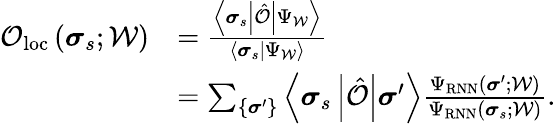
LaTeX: \begin{array}{rl}{\mathcal{O}_{\mathrm{loc}}\left(\boldsymbol{\sigma}_{s};\mathcal{W}\right)}&{=\frac{\left\langle\boldsymbol{\sigma}_{s}\left|\hat{\mathcal{O}}\right|\Psi_{\mathcal{W}}\right\rangle}{\left\langle\boldsymbol{\sigma}_{s}\left|\Psi_{\mathcal{W}}\right.\right\rangle}}\\ &{=\sum_{\left\{ \boldsymbol{\sigma}^{\prime}\right\} }\left\langle\boldsymbol{\sigma}_{s}\left|\hat{\mathcal{O}}\right|\boldsymbol{\sigma}^{\prime}\right\rangle\frac{\Psi_{\mathrm{RNN}}\left(\boldsymbol{\sigma}^{\prime};\mathcal{W}\right)}{\Psi_{\mathrm{RNN}}\left(\boldsymbol{\sigma}_{s};\mathcal{W}\right)}.}\end{array}